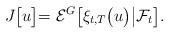
LaTeX: \begin{align*}J\bigr[u\bigl] = \mathcal{E}^{G} \bigl[\xi_{t,T}\bigl(u\bigr) \bigl \vert \mathcal{F}_t \bigr] . \end{align*}